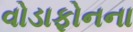
વોડાફોનના